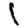
Digit: 1